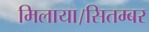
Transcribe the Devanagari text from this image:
मिलाया।सितम्बर